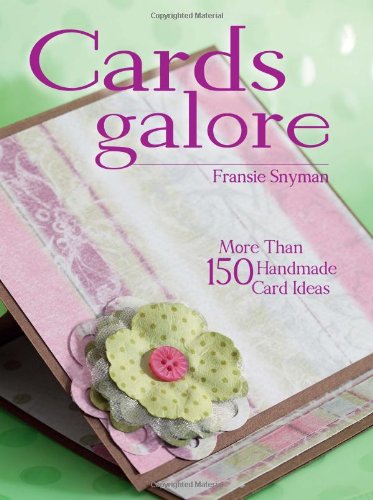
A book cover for Cards Galore: More Than 150 Handmade Card Ideas; Fransie Snyman; Crafts, Hobbies & Home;